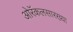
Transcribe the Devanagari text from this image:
ओरॅकलसारख्या